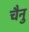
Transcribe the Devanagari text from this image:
चैनु